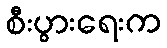
စီးပွားရေးက